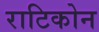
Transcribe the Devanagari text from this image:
राटिकोन